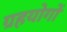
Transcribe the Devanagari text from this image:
ग्रहयोगों